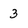
Character: 3